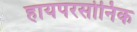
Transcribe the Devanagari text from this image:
हायपरसोनिक